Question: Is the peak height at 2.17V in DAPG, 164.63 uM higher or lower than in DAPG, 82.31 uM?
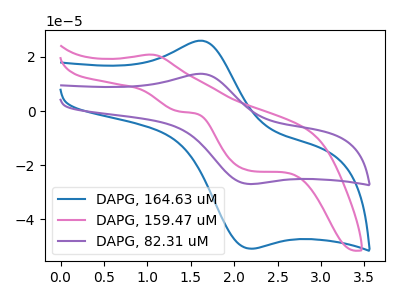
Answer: <think>The blue curve "DAPG, 164.63 uM" has an anodic peak at (1.60V, 26.00uA) and a cathodic peak at (2.15V, -50.75uA). The pink curve "DAPG, 159.47 uM" has an anodic peak at (1.05V, 20.90uA) and cathodic peaks at (1.40V, -0.20uA) (2.20V, -22.05uA). The purple curve "DAPG, 82.31 uM" has an anodic peak at (1.60V, 13.80uA) and a cathodic peak at (2.15V, -26.90uA).</think>
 <answer>The peak at 2.17V is higher in "DAPG, 164.63 uM" than in "DAPG, 82.31 uM".</answer>
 <eval>higher</eval>